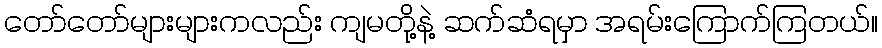
တော်တော်များများကလည်း ကျမတို့နဲ့ ဆက်ဆံရမှာ အရမ်းကြောက်ကြတယ်။